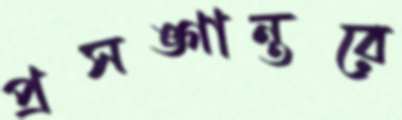
প্রসঙ্গান্তরে